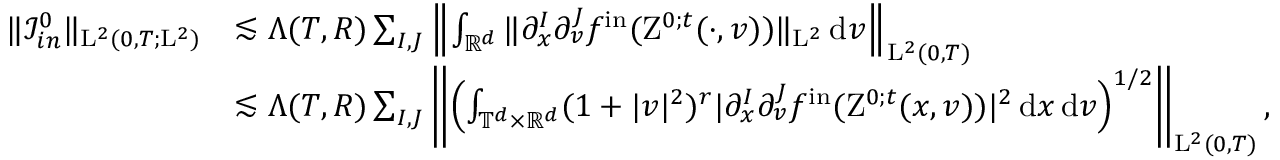
\begin{array} { r l } { \Vert \mathcal { I } _ { i n } ^ { 0 } \Vert _ { \mathrm { L } ^ { 2 } ( 0 , T ; \mathrm { L } ^ { 2 } ) } } & { \lesssim \Lambda ( T , R ) \sum _ { I , J } \left\Vert \int _ { \mathbb R ^ { d } } \Vert \partial _ { x } ^ { I } \partial _ { v } ^ { J } f ^ { \mathrm { i n } } ( \mathrm { Z } ^ { 0 ; t } ( \cdot , v ) ) \Vert _ { \mathrm { L } ^ { 2 } } \, \mathrm { d } v \right\Vert _ { \mathrm { L } ^ { 2 } ( 0 , T ) } } \\ & { \lesssim \Lambda ( T , R ) \sum _ { I , J } \left\Vert \left( \int _ { \mathbb T ^ { d } \times \mathbb R ^ { d } } ( 1 + \vert v \vert ^ { 2 } ) ^ { r } \vert \partial _ { x } ^ { I } \partial _ { v } ^ { J } f ^ { \mathrm { i n } } ( \mathrm { Z } ^ { 0 ; t } ( x , v ) ) \vert ^ { 2 } \, \mathrm { d } x \, \mathrm { d } v \right) ^ { 1 / 2 } \right\Vert _ { \mathrm { L } ^ { 2 } ( 0 , T ) } , } \end{array}